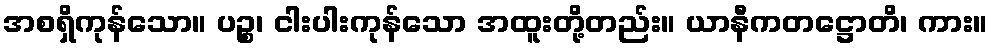
အစရှိကုန်သော။ ပဉ္စ၊ ငါးပါးကုန်သော အထူးတို့တည်း။ ယာနီကတဋ္ဌောတိ၊ ကား။